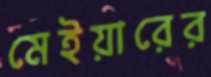
মেইয়ারের